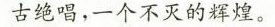
古绝唱，一个不灭的辉煌。